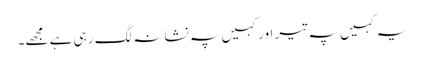
یہ کہیں پہ تیر اور کہیں پہ نشانہ لگ رہی ہے مجھے۔